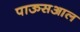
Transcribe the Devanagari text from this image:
पाऊसआल